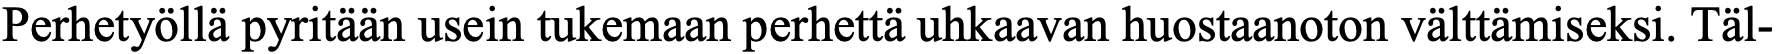
Perhetyöllä pyritään usein tukemaan perhettä uhkaavan huostaanoton välttämiseksi. Täl-